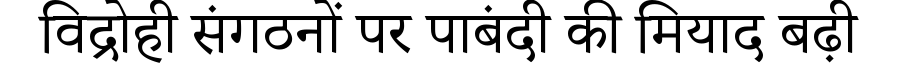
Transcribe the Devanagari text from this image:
विद्रोही संगठनों पर पाबंदी की मियाद बढ़ी